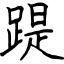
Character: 踶